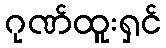
ဂုဏ်ထူးရှင်